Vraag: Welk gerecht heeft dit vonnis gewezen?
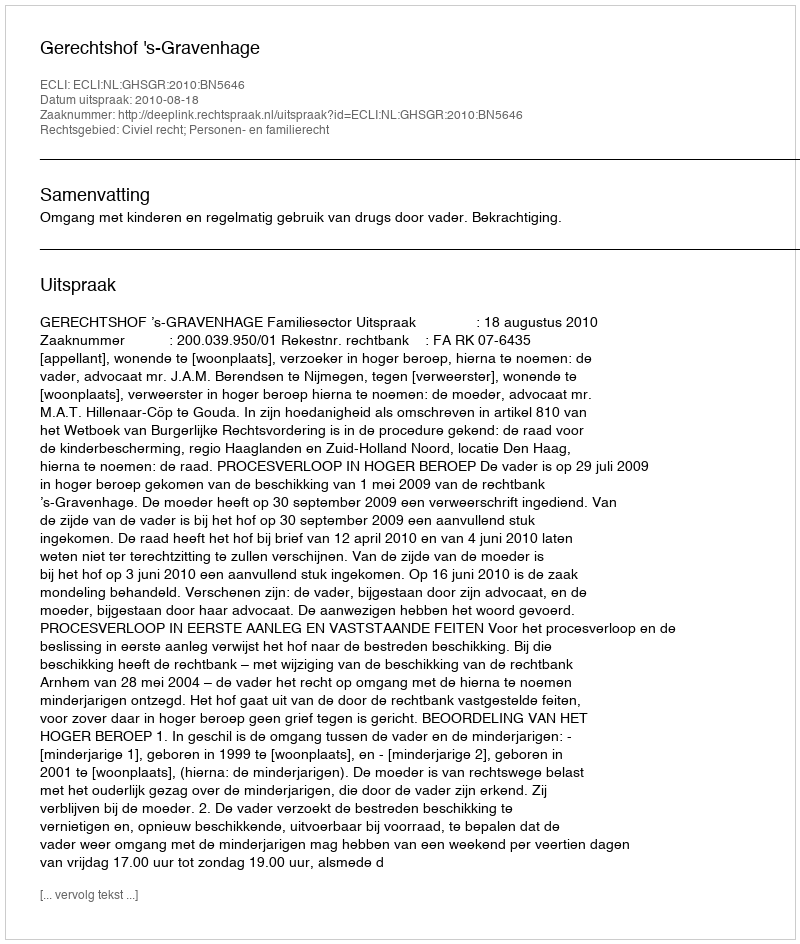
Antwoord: Gerechtshof 's-Gravenhage